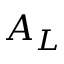
A _ { L }